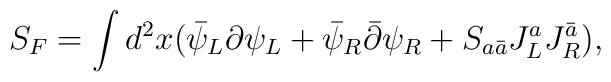
S_F=\int d^2x(\bar\psi_L\partial\psi_L +\bar\psi_R\bar\partial\psi_R+S_{a\bar a}J^a_LJ^{\bar a}_R),